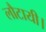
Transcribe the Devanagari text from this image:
लौटायी।